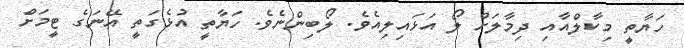
ހަޔާތީ މިކާލްއާއި ދިމާލަށް ލޯ އަޅައިލިއެވެ. ލޯބިންނެވެ. ހަޔާތީ އުޅެގަތީ އޭނަގެ ޓީމަށް